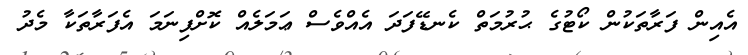
އެއިން ފަރާތަކުން ކޯޓުގެ ޙުރުމަތް ކެނޑޭފަދަ އެއްވެސް ޢަމަލެއް ކޮށްފިނަމަ އެފަރާތަކާ މެދު